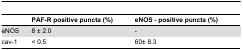
|  | PAF-R positive puncta (%) | eNOS - positive puncta (%) |
 | --- | --- | --- |
 | eNOS | 8 ± 2.0 | - |
 | cav-1 | < 0.5 | 60± 8.3 |